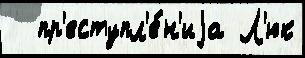
  пр'еступл'е́н'иjа Л'юк